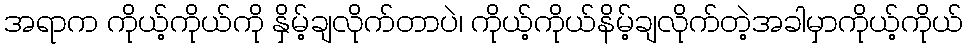
အရာက ကိုယ့်ကိုယ်ကို နှိမ့်ချလိုက်တာပဲ၊ ကိုယ့်ကိုယ်နိမ့်ချလိုက်တဲ့အခါမှာကိုယ့်ကိုယ်